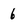
Character: 6